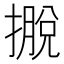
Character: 𢴎